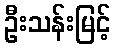
ဦးသန်းမြင့်